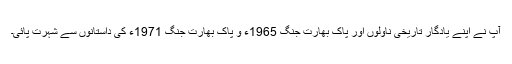
آپ نے اپنے یادگار تاریخی ناولوں اور پاک بھارت جنگ 1965ء و پاک بھارت جنگ 1971ء کی داستانوں سے شہرت پائی۔